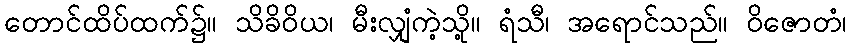
တောင်ထိပ်ထက်၌။ သိခိဝိယ၊ မီးလျှံကဲ့သို့။ ရံသီ၊ အရောင်သည်။ ဝိဇောတံ၊